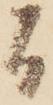
間